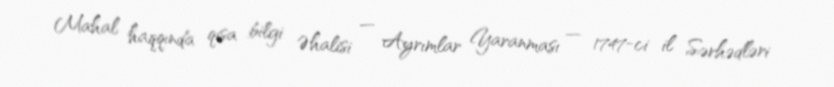
Mahal haqqında qısa bilgi Əhalisi — Ayrımlar Yaranması — 1747-ci il Sərhədləri